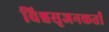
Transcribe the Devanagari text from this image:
विश्वसृजनकर्ता